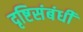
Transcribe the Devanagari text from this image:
दृष्टिसंबंधी